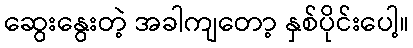
ဆွေးနွေးတဲ့ အခါကျတော့ နှစ်ပိုင်းပေါ့။